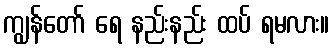
ကျွန်တော် ရေ နည်းနည်း ထပ် ရမလား။